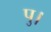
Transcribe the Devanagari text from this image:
पु।